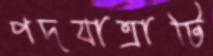
পদযাত্রাটি